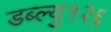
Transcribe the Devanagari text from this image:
डब्ल्यु१२६